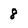
Character: 8